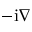
- \mathrm { i } \nabla